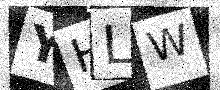
Text: YHLW